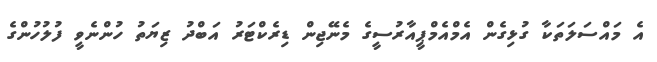
އެ މައްސަލަތަކާ ގުޅިގެން އެމްއެމްޕީއާރުސީގެ މެނޭޖިން ޑިރެކްޓަރު އަބްދު ޒިޔަތު ހުންނެވީ ފުލުހުންގެ